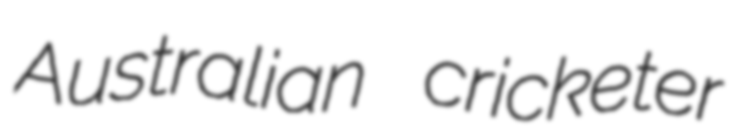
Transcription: Australian cricketer